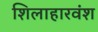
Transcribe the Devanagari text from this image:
शिलाहारवंश